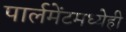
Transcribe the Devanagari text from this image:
पार्लमेंटमध्येही